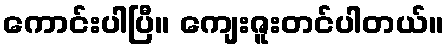
ကောင်းပါပြီ။ ကျေးဇူးတင်ပါတယ်။